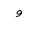
Letter: _waw